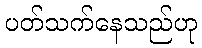
ပတ်သက်နေသည်ဟု